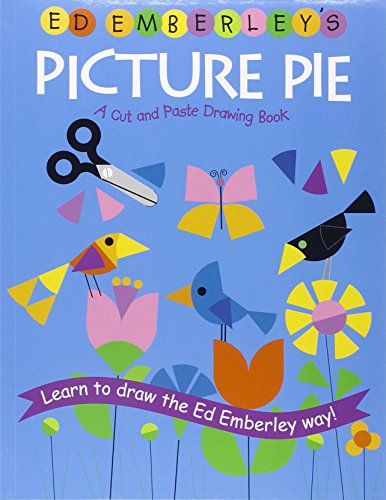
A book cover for Ed Emberley's Picture Pie (Ed Emberley Drawing Books); Ed Emberley; Arts & Photography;